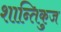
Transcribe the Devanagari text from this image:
शान्तिकुज